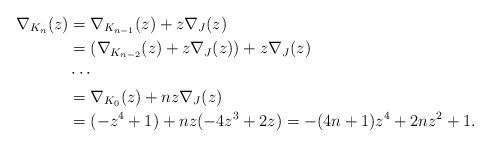
LaTeX: \begin{align*}\nabla_{K_{n}}(z)&=\nabla_{K_{n-1}}(z)+z\nabla_{J}(z)\\ &=(\nabla_{K_{n-2}}(z)+z\nabla_{J}(z))+z\nabla_{J}(z)\\ &\cdots\\ &=\nabla_{K_{0}}(z)+nz\nabla_{J}(z)\\ &=(-z^{4}+1)+nz(-4z^{3}+2z)=-(4n+1)z^{4}+2nz^{2}+1.\end{align*}